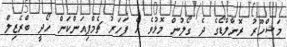
މަޝްހޫރު ރޮނާލްޑޯގެ ދެ ގޯލުން މޮޅުވެ އެ ފަހަރު ޗެމްޕިއަންކަން ހޯދީ ބްރެޒިލް